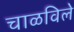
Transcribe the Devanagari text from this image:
चाळविले